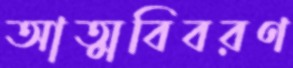
আত্মবিবরণ